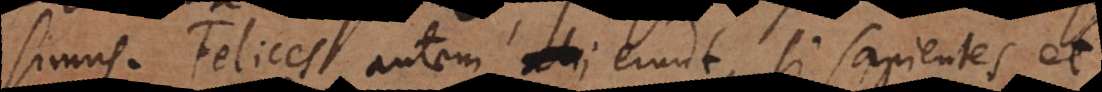
simus. Felices autem alii erunt, si sapientes et